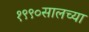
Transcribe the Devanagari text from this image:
१९९०सालच्या